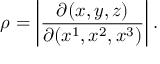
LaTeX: \rho = \left| { \frac { \partial ( x , y , z ) } { \partial ( x ^ { 1 } , x ^ { 2 } , x ^ { 3 } ) } } \right| .